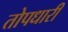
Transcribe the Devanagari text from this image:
तोपधारी